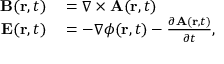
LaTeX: \begin{array} { r l } { \mathbf { B } ( \mathbf { r } , t ) } & { { } = { \boldsymbol { \nabla } } \times \mathbf { A } ( \mathbf { r } , t ) } \\ { \mathbf { E } ( \mathbf { r } , t ) } & { { } = - { \boldsymbol { \nabla } } \phi ( \mathbf { r } , t ) - { \frac { \partial \mathbf { A } ( \mathbf { r } , t ) } { \partial t } } , } \end{array}